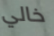
خالي